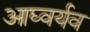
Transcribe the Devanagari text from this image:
आघ्वर्यव